King Institute of Preventive Medicine Micro-Biological Section reports 1912-19
Year: 1912
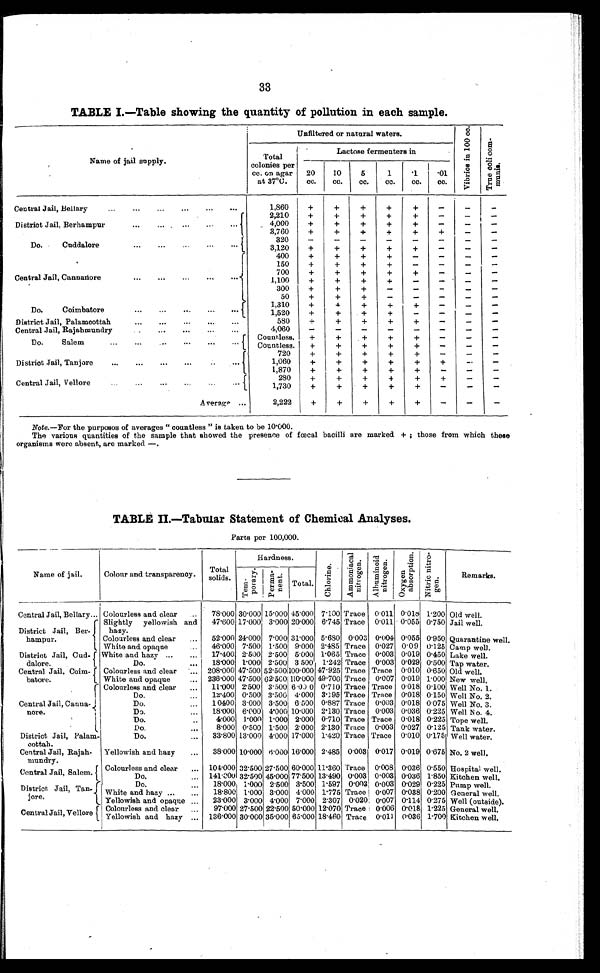
33
TABLE I.—Table showing the quantity of pollution in each sample.
N a m e o f j a i l s u p p l y .
Unfiltered or natural waters.
V i b r i o s i n 1 0 0 c c .
T r u e c o l i c o m - m u n i s .
Total
colonies per
cc. on agar
at 37°C.
Lactose fermenters in
20
cc.
10
cc.
5
cc.
1
cc.
.1
cc.
.01
cc.
1,860
+
+
+
+
+
-
-
-
Central Jail, Bellary . . .
2,210
+
+
+
+
+
-
-
-
District Jail, Berhampur . . .
4 , 0 0 0
+
+
+
+
+
-
-
-
3,760
+
+
+
+ +
+
-
-
Do. Cuddalore . . .
320
-
-
-
-
-
-
-
-
3,120
+
+
+
+
+
-
-
-
Central Jail, Cannanore
400
+
+
+
+
-
-
-
-
150
+
+
+
+
-
-
-
-
700
+
+
+
+
+
-
-
-
1,100
+
+
+
+
-
-
-
-
300
+
+
+
-
-
-
-
-
50
+
+
+
-
-
-
-
-
Do. Coimbatore . . .
1,310
+
+
+
+
+
-
-
-
1,520
+
+
+
+
-
-
-
-
District Jail, Palamcottah . . .
580
+
+
+
+
+
-
-
-
4,060
-
-
-
-
-
-
-
-
Central Jail, Rajahmundry . . .
D o . S a l e m . . .
Countless.
+
+
+
+
+
-
-
-
Countless.
+
+
+
+
+
-
-
-
District Jail, Tanjore . . .
720
+
+
+
+
+
-
-
-
1,060
+
+
+
+
+
+
-
-
1,870
+
+
+
+
+
-
-
-
Central Jail, Vellore . . .
280
+
+
+
+
+
+
-
-
1,730
+
+
+
+
+
-
-
-
Average . . .
2,222
+
+
+
+
+
-
-
-
Note.—For the purposos of averages "countless" is taken to be 10.000.
The various quantities of the sample that showed the presence of fœcal bacilli are marked + ; those from which these
organisms were absent, are marked —.
TABLE II.—Tabular Statement of Chemical Analyses.
Parts per 100,000.
Name of jail.
Colour and transparency.
Total
solids.
Hardness.
C h l o r i n e .
A m m o n i a c a l n i t r o g e n .
A l b u m i n o i d n i t r o g e n .
O x y g e n a b s o r p t i o n .
N i t r i c n i t r o - g e n .
Remarks.
T e m - p o r a r y . Perma-nent.
Total.
Colourless and clear . . .
78.000 30.000 15.000 45.000 7.100 Trace 0.011 0.018 1.200 Old well.
Central Jail, Bellary . . .
District Jail, Ber
-hampur.
Slightly yellowish and
hazy.
47.600 17.000 3.000 20.000 6.745 Trace 0.011 0.055 0.750 Jail well.
52.000 24.000 7.000 31.000 5.680 0.003 0.004 0.055 0.950 Quarantine well.
Colourless and clear . . .
White and opaque . . .
46.000 7.500 1.500 9.000 2.485 Trace 0.027 0.09 0.125 Camp well.
District Jail, Cud-
dalore.
White and hazy . . .
17.400 2.500 2.500 5.000 1.065 Trace 0.003 0.019 0.450 Lake well.
Do. . . .
18.000 1.000 2.500 3.500 1.242 Trace 0.003 0.029 0.500 Tap water.
Central Jail, Coim-
batore.
Colourless and clear . . . 208.000 47.500 52.500 100.000 47.925 Trace Trace 0.010 0.650 Old well.
White and opaque . . . 236.000 47.500 62.500 110.000 49.700 Trace 0.007 0.019 1.000 New well.
Central Jail, Canna-
nore.
Colourless and clear . . .
11.000 2.500 3.500 6.000 0.710 Trace Trace 0.018 0.100 Well No. 1.
Do. . . .
12.400 0.500 3.500 4.000 3.195 Trace Trace 0.018 0.150 Well No. 2.
Do. . . .
10.400 3.000 3.500 6.500 0.887 Trace 0.003 0.018 0.075 Well No. 3.
Do. . . .
18.000 6.000 4.000 10.000 2.130 Trace 0.003 0.036 0.225 Well No. 4.
D o . . . .
4.000 l.000 1.000 2.000 0.710 Trace Trace 0.018 0.225 Tope well.
Do. . . .
8 . 0 0 0 0.500 1.500 2.000 2.130 Trace 0.003 0.027 0.125 Tank water.
District Jail, Palam-
cottah.
Do. . . . 33.800 13.000 4.000 17.000 1.420 Trace Trace 0.010 0.175 Well water.
Central Jail, Rajah
-mundry.
Yellowish and hazy . . .
38.000 10.000 6.000 16.000 2.485 0.003 0.017 0.019 0.675 No. 2 well.
Central Jail, Salem.
C o l o u r l e s s a n d c l e a r . . . 104.000 32.500 27.500 60.000 11.360 Trace 0.008 0.036 0.550 Hospital well.
Do. . . .
141.000 32.500 45.000 77.500 13.490 0.003 0.003 0.036 1.850 Kitchen well.
District Jail, Tan-
j o r e .
Do. . . .
1 8 . 0 0 0 1.000 2.500 3.500 1.597 0.003 0.003 0.029 0.225 Pump well.
White and hazy . . .
18.800 1.000 3.000 4.000 1.775 Trace 0.007 0.038 0.200 General well.
Yellowish and opaque . . .
23.000 3.000 4.000 7.000 2.307 0.020 0.007 0.114 0.275 Well (outside).
Central Jail, Vellore
Colourless and clear . . .
97.000 27.500 22.500 50.000 12.070 Trace 0.006 0.018 1.225 General well.
Yellowish and hazy . . . 136.000 30.000 35.000 65.000 18.460 Trace 0.011 0.036 1.700 Kitchen well.